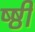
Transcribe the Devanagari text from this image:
ष्ष्ठी